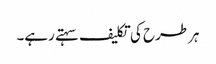
ہر طرح کی تکلیف سہتے رہے۔